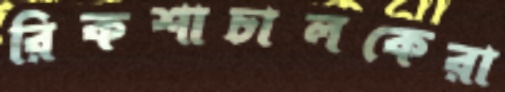
রিকশাচালকেরা